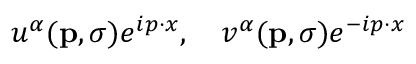
u ^ { \alpha } ( \mathbf { p } , \sigma ) e ^ { i p \cdot x } , \quad v ^ { \alpha } ( \mathbf { p } , \sigma ) e ^ { - i p \cdot x }